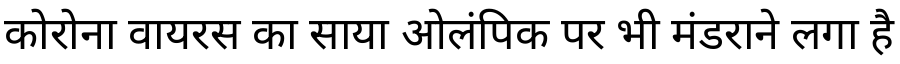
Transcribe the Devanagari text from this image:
कोरोना वायरस का साया ओलंपिक पर भी मंडराने लगा है